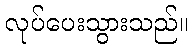
လုပ်ပေးသွားသည်။